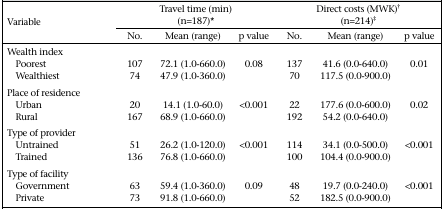
| <ROWSPAN=2> Variable | <COLSPAN=3> Travel time (min) (n=187)* | <COLSPAN=3> Direct costs (MWK)† (n=214)‡ |
 | --- | --- | --- | --- | --- | --- | --- |
 | No. | Mean (range) | p value | No. | Mean (range) | p value |
 | <COLSPAN=7> Wealth index |
 | Poorest | 107 | 72.1 (1.0-660.0) | 0.08 | 137 | 41.6 (0.0-640.0) | 0.01 |
 | Wealthiest | 74 | 47.9 (1.0-360.0) |  | 70 | 117.5 (0.0-900.0) |  |
 | <COLSPAN=7> Place of residence |
 | Urban | 20 | 14.1 (1.0-60.0) | <0.001 | 22 | 177.6 (0.0-600.0) | 0.02 |
 | Rural | 167 | 68.9 (1.0-660.0) |  | 192 | 54.2 (0.0-640.0) |  |
 | <COLSPAN=7> Type of provider |
 | Untrained | 51 | 26.2 (1.0-120.0) | <0.001 | 114 | 34.1 (0.0-500.0) | <0.001 |
 | Trained | 136 | 76.8 (1.0-660.0) |  | 100 | 104.4 (0.0-900.0) |  |
 | <COLSPAN=7> Type of facility |
 | Government | 63 | 59.4 (1.0-360.0) | 0.09 | 48 | 19.7 (0.0-240.0) | <0.001 |
 | Private | 73 | 91.8 (1.0-660.0) |  | 52 | 182.5 (0.0-900.0) |  |